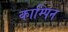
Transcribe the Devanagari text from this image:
काम्पिन